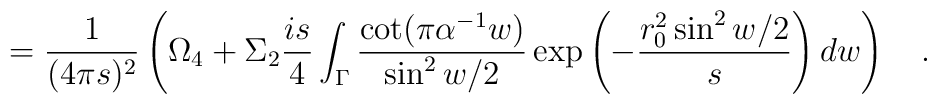
={1 \over (4\pi s)^2}\left(\Omega _4+\Sigma _2 {is \over 4}\int_{\Gamma}{\cot (\pi \alpha ^{-1}w) \over \sin ^2w/2}\exp\left(-{r_0^2\sin^2w/2 \over s}\right)dw\right)~~~.